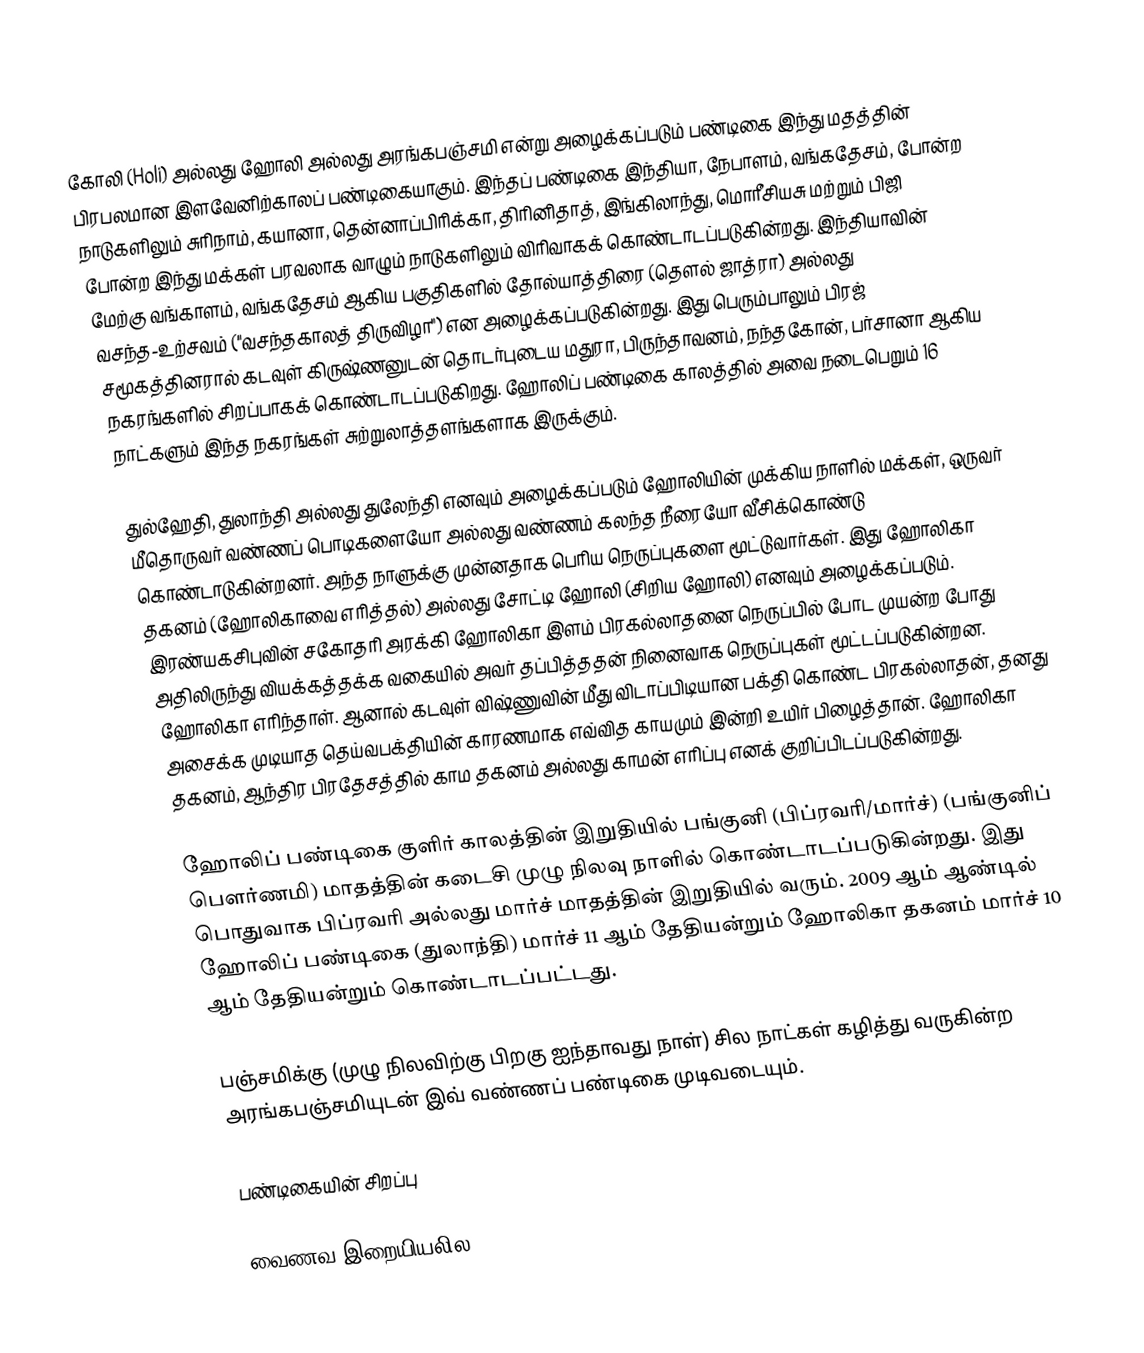
கோலி (Holi) அல்லது ஹோலி அல்லது அரங்கபஞ்சமி என்று அழைக்கப்படும் பண்டிகை இந்து மதத்தின் பிரபலமான இளவேனிற்காலப் பண்டிகையாகும். இந்தப் பண்டிகை இந்தியா, நேபாளம், வங்கதேசம், போன்ற நாடுகளிலும் சுரிநாம், கயானா, தென்னாப்பிரிக்கா, திரினிதாத், இங்கிலாந்து, மொரீசியசு மற்றும் பிஜி போன்ற இந்து மக்கள் பரவலாக வாழும் நாடுகளிலும் விரிவாகக் கொண்டாடப்படுகின்றது. இந்தியாவின் மேற்கு வங்காளம், வங்கதேசம் ஆகிய பகுதிகளில் தோல்யாத்திரை (தௌல் ஜாத்ரா) அல்லது வசந்த-உற்சவம் ("வசந்தகாலத் திருவிழா") என அழைக்கப்படுகின்றது. இது பெரும்பாலும் பிரஜ் சமூகத்தினரால் கடவுள் கிருஷ்ணனுடன் தொடர்புடைய மதுரா, பிருந்தாவனம், நந்தகோன்,  பர்சானா ஆகிய நகரங்களில் சிறப்பாகக் கொண்டாடப்படுகிறது. ஹோலிப் பண்டிகை காலத்தில் அவை நடைபெறும் 16 நாட்களும் இந்த நகரங்கள் சுற்றுலாத்தளங்களாக இருக்கும்.

துல்ஹேதி, துலாந்தி அல்லது துலேந்தி எனவும் அழைக்கப்படும் ஹோலியின் முக்கிய நாளில் மக்கள், ஒருவர் மீதொருவர் வண்ணப் பொடிகளையோ அல்லது வண்ணம் கலந்த நீரையோ வீசிக்கொண்டு கொண்டாடுகின்றனர். அந்த நாளுக்கு முன்னதாக பெரிய நெருப்புகளை மூட்டுவார்கள். இது ஹோலிகா தகனம் (ஹோலிகாவை எரித்தல்) அல்லது சோட்டி ஹோலி (சிறிய ஹோலி) எனவும் அழைக்கப்படும். இரண்யகசிபுவின் சகோதரி அரக்கி ஹோலிகா இளம் பிரகல்லாதனை நெருப்பில் போட முயன்ற போது அதிலிருந்து வியக்கத்தக்க வகையில் அவர் தப்பித்ததன் நினைவாக நெருப்புகள் மூட்டப்படுகின்றன. ஹோலிகா எரிந்தாள். ஆனால் கடவுள் விஷ்ணுவின் மீது விடாப்பிடியான பக்தி கொண்ட பிரகல்லாதன், தனது அசைக்க முடியாத தெய்வபக்தியின் காரணமாக எவ்வித காயமும் இன்றி உயிர் பிழைத்தான். ஹோலிகா தகனம், ஆந்திர பிரதேசத்தில் காம தகனம் அல்லது காமன் எரிப்பு எனக் குறிப்பிடப்படுகின்றது.

ஹோலிப் பண்டிகை குளிர் காலத்தின் இறுதியில் பங்குனி (பிப்ரவரி/மார்ச்) (பங்குனிப் பெளர்ணமி) மாதத்தின் கடைசி முழு நிலவு நாளில் கொண்டாடப்படுகின்றது. இது பொதுவாக பிப்ரவரி அல்லது மார்ச் மாதத்தின் இறுதியில் வரும். 2009 ஆம் ஆண்டில் ஹோலிப் பண்டிகை (துலாந்தி) மார்ச் 11 ஆம் தேதியன்றும் ஹோலிகா தகனம் மார்ச் 10 ஆம் தேதியன்றும் கொண்டாடப்பட்டது.

பஞ்சமிக்கு (முழு நிலவிற்கு பிறகு ஐந்தாவது நாள்) சில நாட்கள் கழித்து வருகின்ற அரங்கபஞ்சமியுடன் இவ் வண்ணப் பண்டிகை  முடிவடையும்.

பண்டிகையின் சிறப்பு

வைணவ  இறையியலில